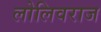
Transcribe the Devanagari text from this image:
लोलिवराज